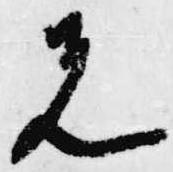
先